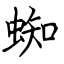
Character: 蜘